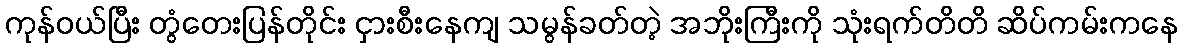
ကုန်ဝယ်ပြီး တွံတေးပြန်တိုင်း ငှားစီးနေကျ သမွန်ခတ်တဲ့ အဘိုးကြီးကို သုံးရက်တိတိ ဆိပ်ကမ်းကနေ